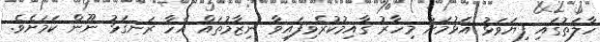
ހާލަތުގައި ފިޔަވަޅު އެޅުމަށް މިހާރު ގާއިމުކުރެވިފައިވާ ނިޒާމުތައް އެހާ ރަނގަޅު ނޫން ކަމަށެވެ.